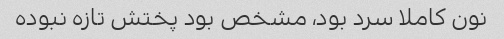
نون کاملا سرد بود، مشخص بود پختش تازه نبوده